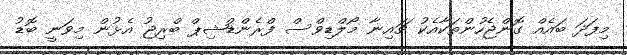
މިފަދަ ބައެއް ގޮންޖެހުންތަކާއެކު ޗައިނާ މޯލްޑިވްސް ފްރެންޑްޝިޕް ބްރިޖު އެޅުން މިވަނީ ބޮޑު